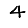
Digit: 4